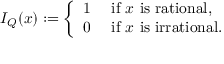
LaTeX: I _ { Q } ( x ) : = { \left\{ \begin{array} { l l } { 1 } & { { \mathrm { ~ i f ~ } } x { \mathrm { ~ i s ~ r a t i o n a l } } , } \\ { 0 } & { { \mathrm { ~ i f ~ } } x { \mathrm { ~ i s ~ i r r a t i o n a l } } . } \end{array} \right. }